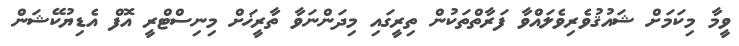
ވީމާ މިކަމަށް ޝައުޤުވެރިވެލައްވާ ފަރާތްތަކުން ތިރީގައި މިދަންނަވާ ތާރީޚަށް މިނިސްޓްރީ އޮފް އެޑިޔުކޭޝަން